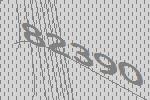
82390